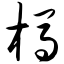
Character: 杩